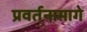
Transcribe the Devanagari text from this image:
प्रवर्तनामागे